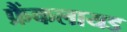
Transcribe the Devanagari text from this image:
फ्रैंकलायड